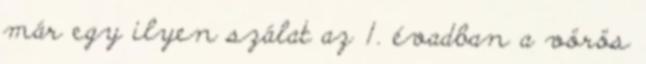
már egy ilyen szálat az 1. évadban a vörös